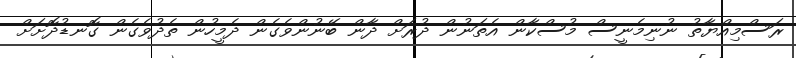
ރަސްމިއްޔާތު ނުނިމެނީސް މުސްކާން އެތަނުން ދުރަށް ދާން ބޭނުންވެގެން ދެމީހުން ތެދުވެގެން ގޮނޑުދޮށަށް